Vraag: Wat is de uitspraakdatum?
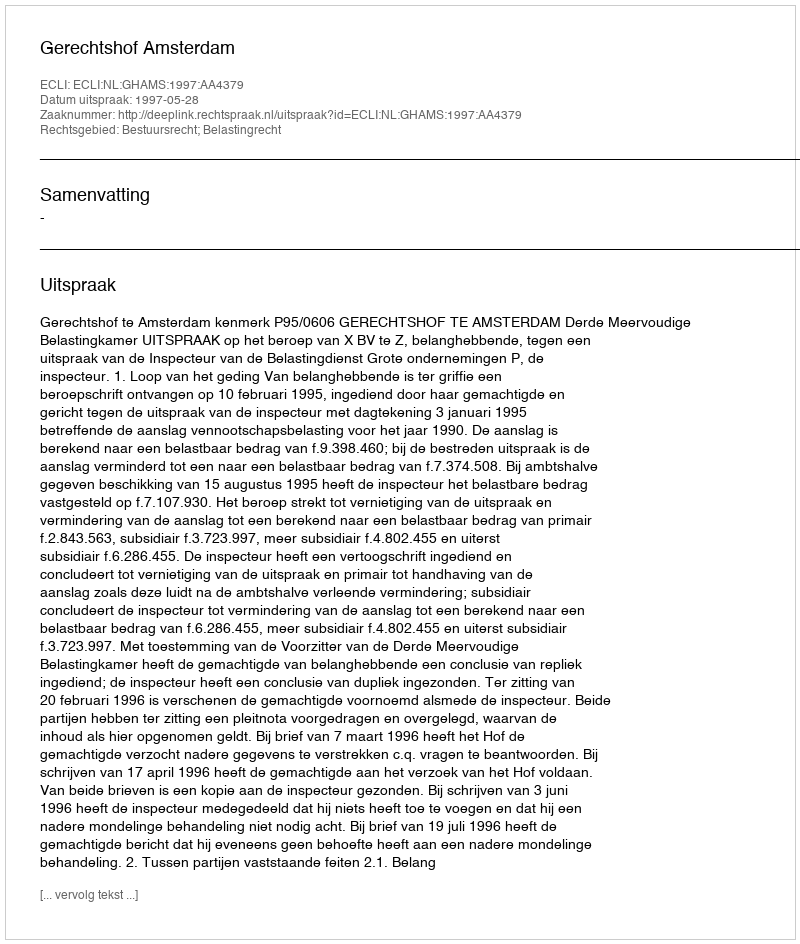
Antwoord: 1997-05-28